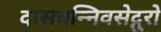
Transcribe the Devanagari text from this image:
दासवन्निवसेद्गुरो